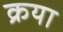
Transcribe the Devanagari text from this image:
क्रया